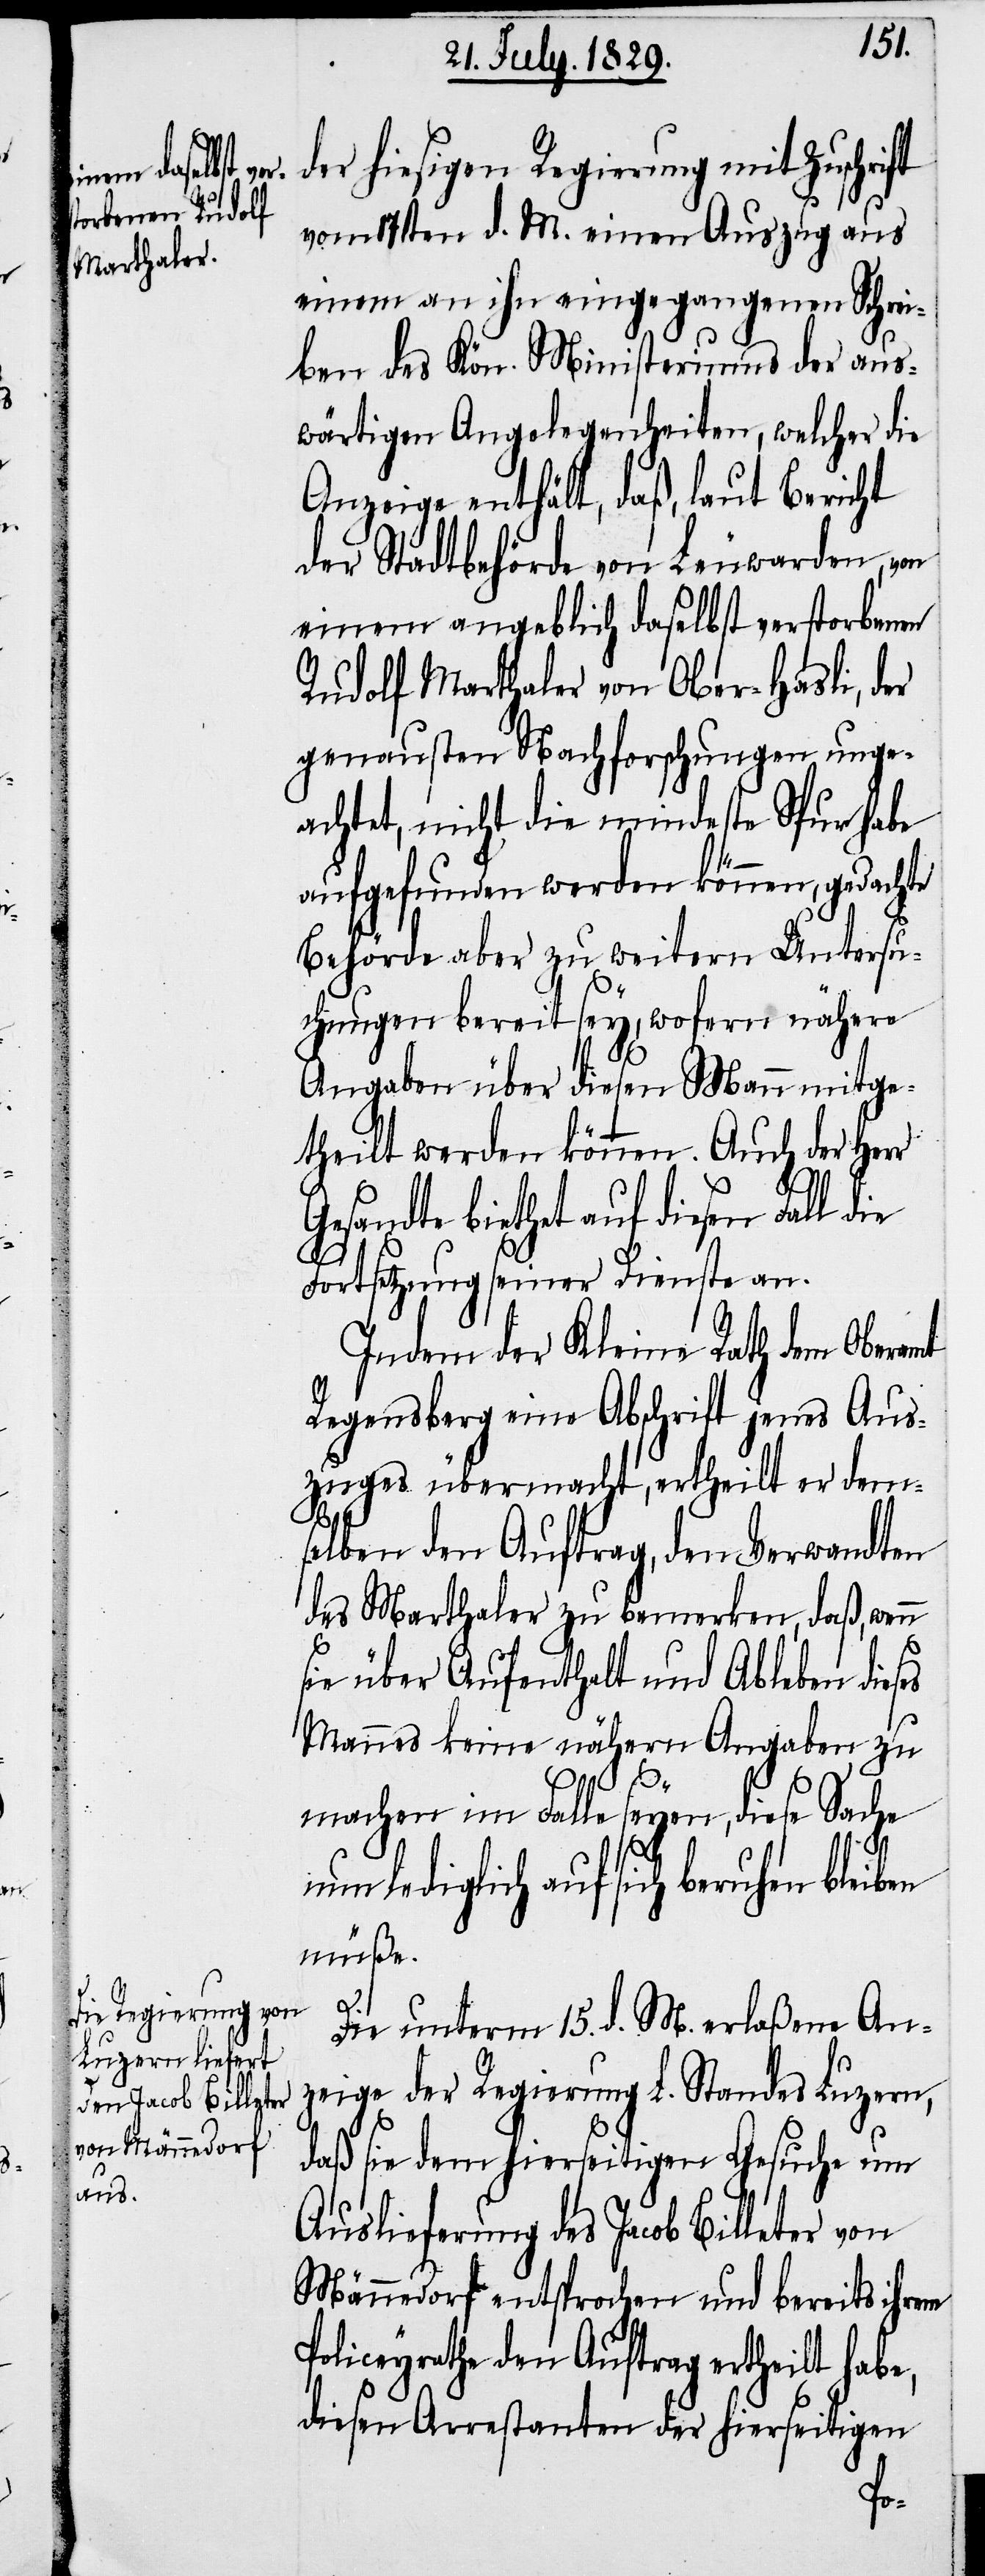
der hiesigen Regierung mit Zuschrift
vom 17ten d. M. einen Auszug aus
einem an ihn eingegangenen Schrei¬
ben des Kön. Ministeriums der aus¬
wärtigen Angelegenheiten, welcher die
Anzeige enthält, daß, laut Bericht
der Stadtbehörde von Leuwarden, von
einem angeblich daselbst verstorbenen
Rudolf Marthaler von Ober-Hasli, der
genausten Nachforschungen unge¬
achtet, nicht die mindeste Spur habe
aufgefunden werden können, gedachte
Behörde aber zu weitern Untersu¬
chungen bereit sey, wofern nähere
Angaben über diesen Mann mitge¬
theilt werden können. Auch der Herr
sandte biethet auf diesen Fall
Fortsetzung seiner Dienste an.
Indem der Kleine Rath dem Oberamt
Regensberg eine Abschrift jenes Aus¬
zuges übermacht, ertheilt er dem¬
selben den Auftrag, den Verwandten
des Marthaler zu bemerken, daß, wenn
sie über Aufenthalt und Ableben dies¬
Mannes keine nähern Angaben zu
machen im Falle seyen, diese Sache n¬
un lediglich auf sich beruhen ble¬
müße.
es
Die unterm 15. d. M. erlaßene An¬
zeige der Regierung L. Standes Luzern,
daß sie dem hierseitigen Gesuche um
Auslieferung des Jacob Billeter von
Männedorf entsprochen und bereits ihrem
Policeyrathe den Auftrag ertheilt habe,
diesen Arrestanten der hierseitigen
iben